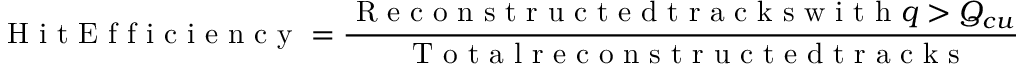
\mathrm { ~ H ~ i ~ t ~ E ~ f ~ f ~ i ~ c ~ i ~ e ~ n ~ c ~ y ~ } = \frac { \mathrm { ~ R ~ e ~ c ~ o ~ n ~ s ~ t ~ r ~ u ~ c ~ t ~ e ~ d ~ t ~ r ~ a ~ c ~ k ~ s ~ w ~ i ~ t ~ h ~ } q > Q _ { c u t } } { \mathrm { ~ T ~ o ~ t ~ a ~ l ~ r ~ e ~ c ~ o ~ n ~ s ~ t ~ r ~ u ~ c ~ t ~ e ~ d ~ t ~ r ~ a ~ c ~ k ~ s ~ } }